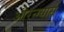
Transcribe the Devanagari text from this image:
औरन्ग्यास